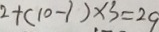
2 + ( 1 0 - 1 ) \times 3 = 2 9